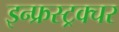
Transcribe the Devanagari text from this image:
इन्फ्रस्ट्रक्चर